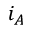
i _ { A }